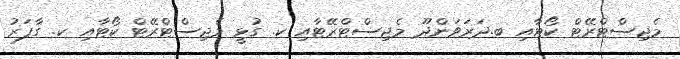
މެޖިސްޓްރޭޓް ކޯޓާއި ބ.ދަރަވަންދޫ މެޖިސްޓްރޭޓާއި ކ. ގުޅީ މެޖިސްޓްރޭޓް ކޯޓާއި ކ. ގާފަރު